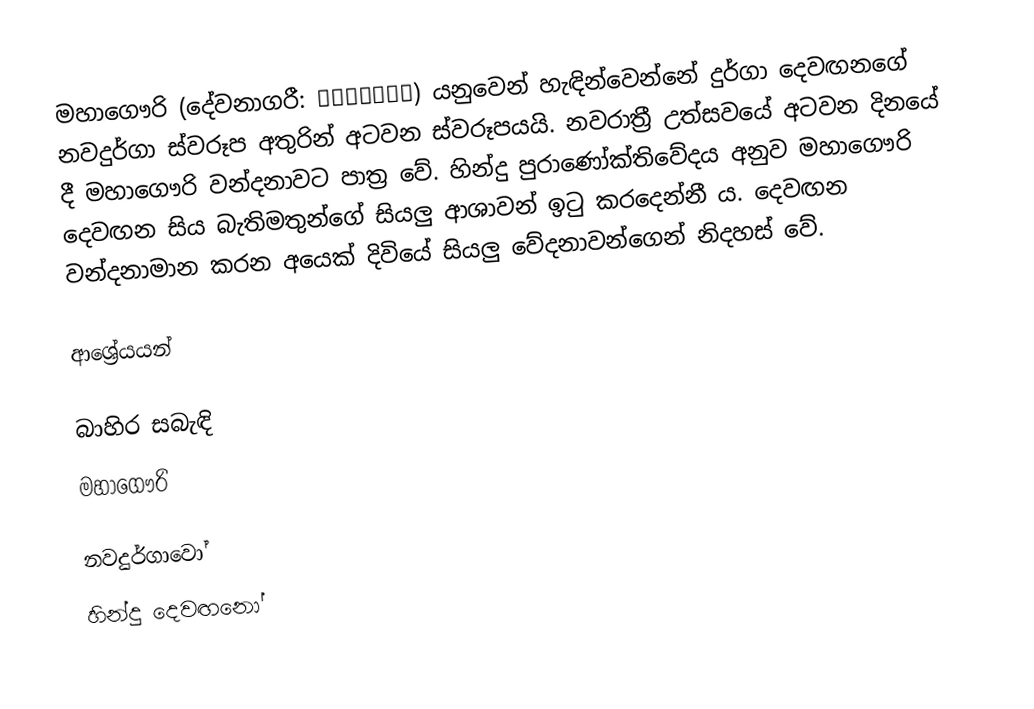
මහාගෞරි (දේවනාගරී: महागौरी) යනුවෙන් හැඳින්වෙන්නේ දුර්ගා දෙවඟනගේ නවදුර්ගා ස්වරූප අතුරින් අටවන ස්වරූපයයි. නවරාත්‍රී උත්සවයේ අටවන දිනයේ දී මහාගෞරි වන්දනාවට පාත්‍ර වේ. හින්දු පුරාණෝක්තිවේදය අනුව මහාගෞරි දෙවඟන සිය බැතිමතුන්ගේ සියලු ආශාවන් ඉටු කරදෙන්නී ය. දෙවඟන වන්දනාමාන කරන අයෙක් දිවියේ සියලු වේදනාවන්ගෙන් නිදහස් වේ.

ආශ්‍රේයයන්

බාහිර සබැඳි
 මහාගෞරි

නවදුර්ගාවෝ
හින්දු දෙවඟනෝ